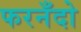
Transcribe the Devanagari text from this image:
फरनँदो